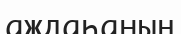
аждаһаның